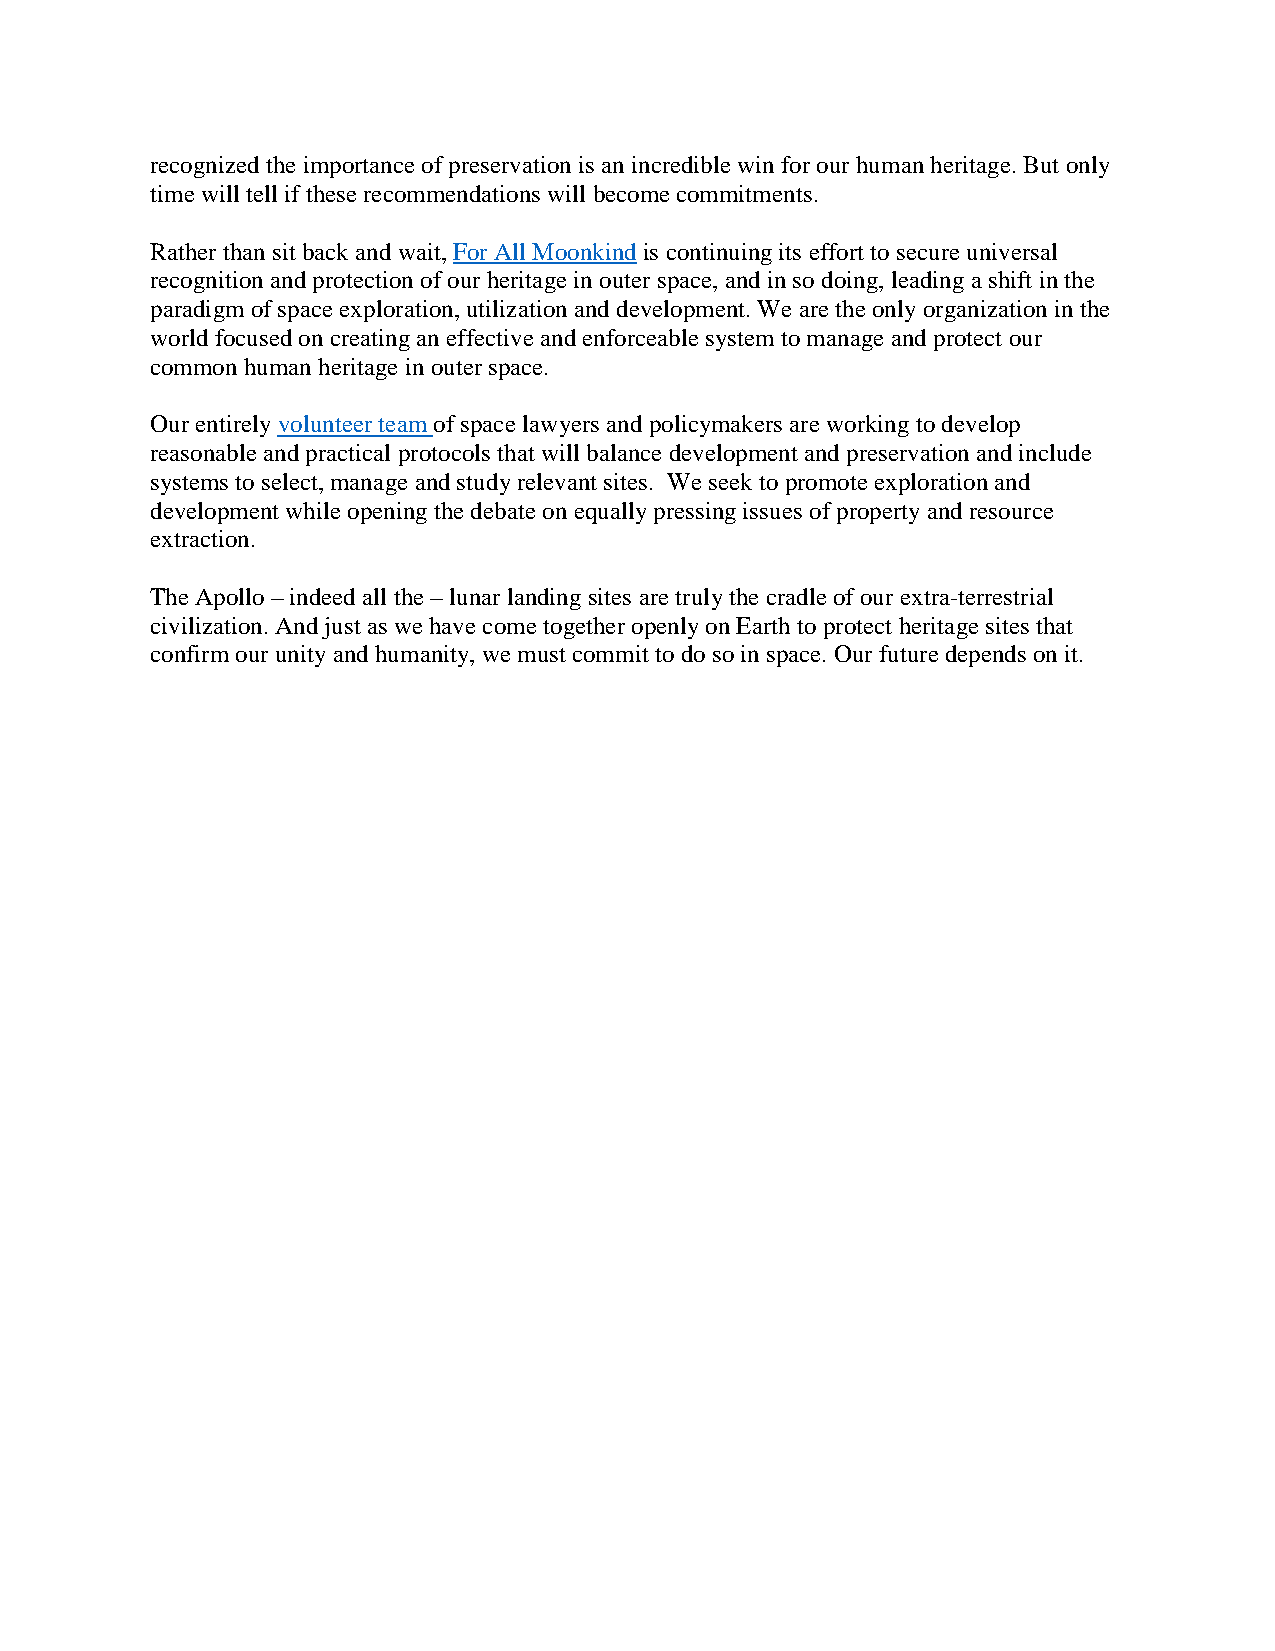
recognized the importance of preservation is an incredible win for our human heritage. But only
 time will tell if these recommendations will become commitments.
 Rather than sit back and wait, For All Moonkind is continuing its effort to secure universal
 recognition and protection of our heritage in outer space, and in so doing, leading a shift in the
 paradigm of space exploration, utilization and development. We are the only organization in the
 world focused on creating an effective and enforceable system to manage and protect our
 common human heritage in outer space.
 Our entirely volunteer team of space lawyers and policymakers are working to develop
 reasonable and practical protocols that will balance development and preservation and include
 systems to select, manage and study relevant sites. We seek to promote exploration and
 development while opening the debate on equally pressing issues of property and resource
 extraction.
 The Apollo – indeed all the – lunar landing sites are truly the cradle of our extra-terrestrial
 civilization. And just as we have come together openly on Earth to protect heritage sites that
 confirm our unity and humanity, we must commit to do so in space. Our future depends on it.